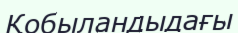
Қобыландыдағы